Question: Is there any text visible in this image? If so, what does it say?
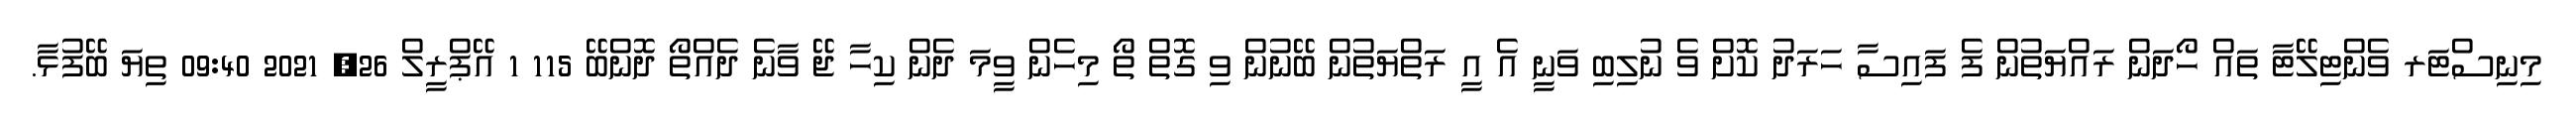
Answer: މިނިސްޓަރ ވެންޓިލޭޓާ ތައް ހޯދަން ރައްޔަތުން ފެ ފައިސާ ހަރަދު ކޮށް ވެ ނުލިބި ވަނީ އެ އީ ރަތްޔަތުން ބޭނުން ވި ގޮތް ތޯ މިހެން ވީމަ ދެން ކިހާ ޖޭ ވާނެ ދެއްތޯ ދޮންބޭ 115 1 އޭޕްރީލް 26, 2021 09:40 ތިޔަ ބޭފުޅާ.